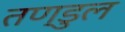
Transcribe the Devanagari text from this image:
तण्डुल